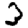
Digit: 3